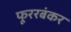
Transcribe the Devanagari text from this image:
फूररबंकर